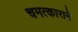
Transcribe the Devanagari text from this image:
चमत्काराने